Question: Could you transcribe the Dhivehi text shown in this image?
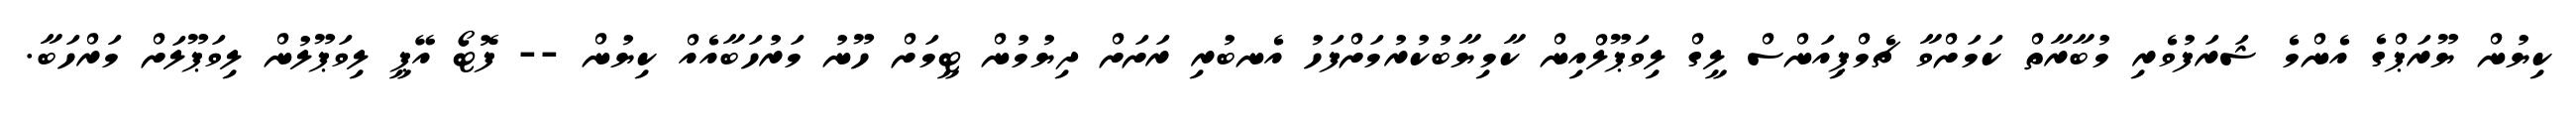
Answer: ކިޔުން ޔޫރަޕްގެ އެންމެ ޝަރަފުވެރި މުބާރާތް ކަމަށްވާ ޗެމްޕިއަންސް ލީގް ލިވަޕޫލްއިން ކާމިޔާބުކުރުމަށްފަހު އެނބުރި ރަށަށް ދިޔުމުން ޓީމަށް ހޫނު މަރުހަބާއެއް ކިޔުން -- ފޮޓޯ އޭޕީ ލިވަޕޫލުން ލިވަޕޫލަށް މަރްހަބާ.